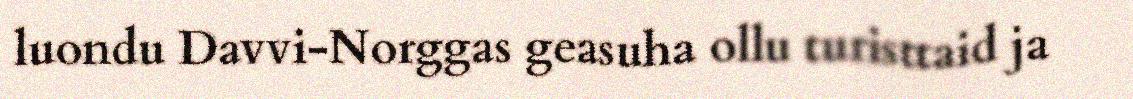
luondu Davvi-Norggas geasuha ollu turisttaid ja